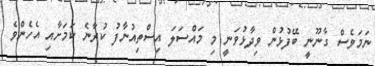
ނަމަވެސް ގާނޫނީ ބޭފުޅުން ވިދާޅުވަނީ މި މައްސަލަ އިސްތިއުނާފު ކުރާނެ ކަމަށާއި އެހެންވެ